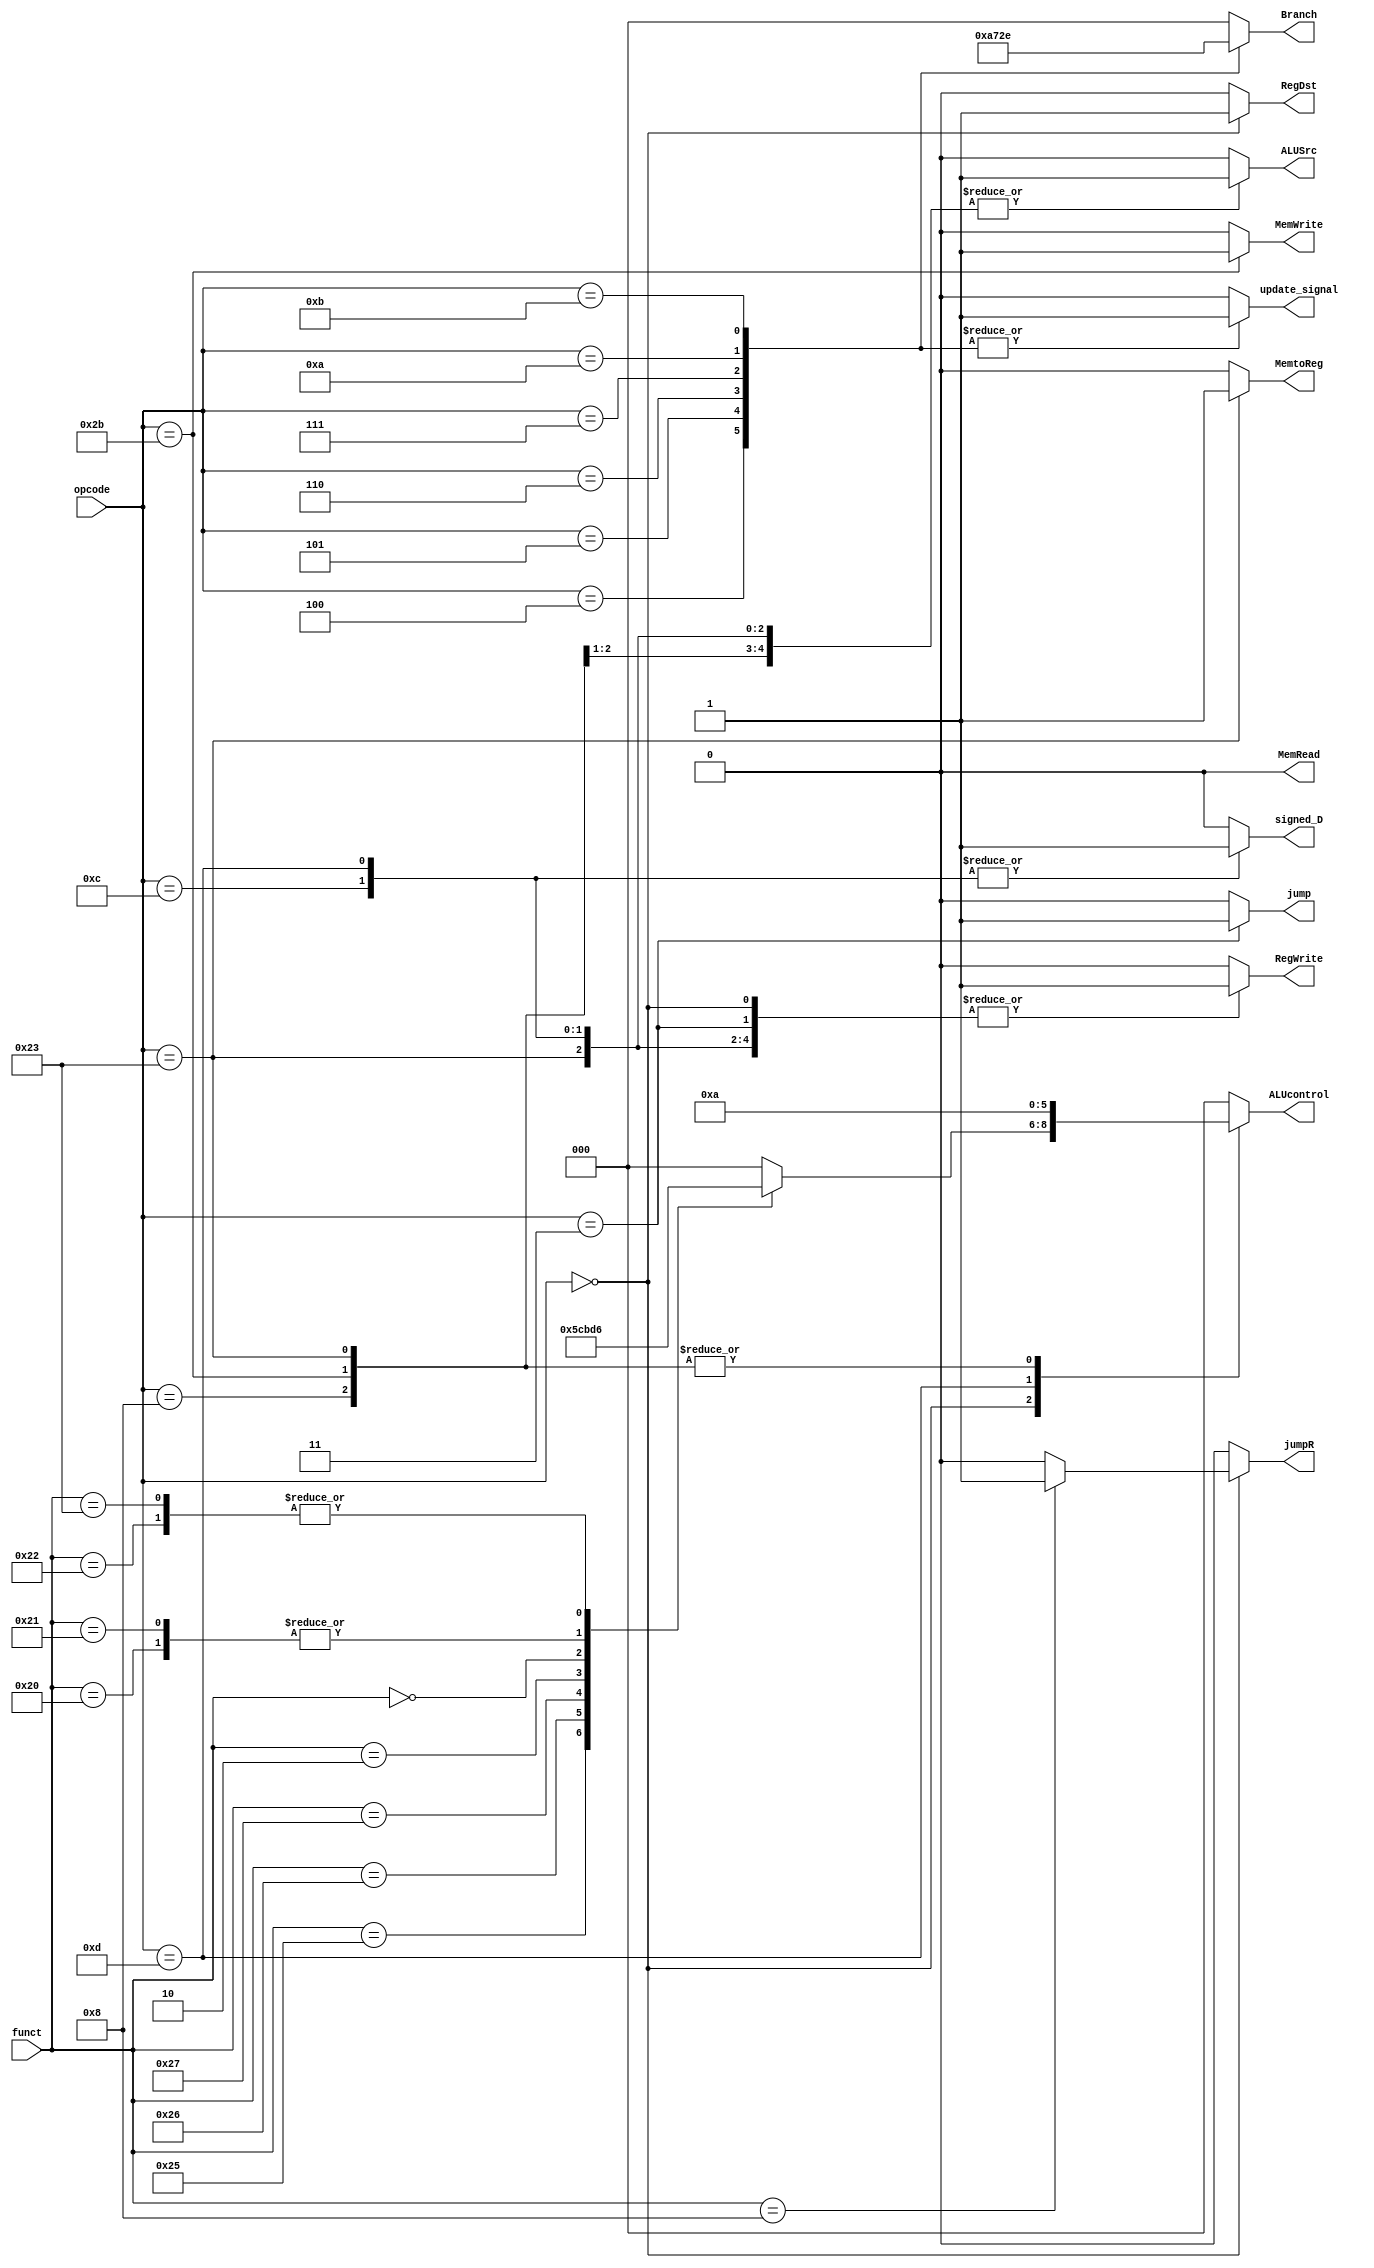
module CONTROL_UNIT (
    input [5:0] opcode,
	 input [5:0] funct,
    output reg RegWrite,
    output reg MemWrite,
    output reg ALUSrc,
    output reg MemRead,
    output reg [2:0] ALUcontrol,
    output reg RegDst,    // Register destination (Write to which register)
    output reg MemtoReg, // Memory to Register control signal
	 output reg signed_D,
	 output reg [2:0] Branch,
	 output reg jump,
	 output reg jumpR,
	 output reg update_signal
);

	initial begin
				RegWrite <= 0;
            MemWrite <= 0;
            ALUSrc <= 0;
            MemRead <= 0;
            ALUcontrol <= 3'b000; // ALU operation: Add
            RegDst <= 0;
            Branch <= 3'b000;
            MemtoReg <= 0;
				signed_D <= 0;
			   jump<=0;
				jumpR<=0;
				update_signal<=0;
				
	end
   always @(*) begin
			
		      RegWrite = 0;
            MemWrite = 0;
            ALUSrc = 0;
            //MemRead = 0;
            ALUcontrol = 3'b000; // ALU operation: Add
            RegDst = 0;
            Branch = 0;
            MemtoReg = 0;
				signed_D = 0;
				jump=0;
				jumpR=0;
				update_signal=0;
			
		case(opcode)
         6'b000000: begin // R-type instruction
            RegWrite = 1;
				RegDst = 1;
				case(funct)
					6'b100100 : ALUcontrol = 3'b000; // ALU operation: And
					6'b100101 : ALUcontrol = 3'b001; // ALU operation: or
					6'b100000 : ALUcontrol = 3'b010; // ALU operation: Add
					6'b100110 : ALUcontrol = 3'b011; // ALU operation: xor
					6'b100111 : ALUcontrol = 3'b100; // ALU operation: nor
					6'b000010 : ALUcontrol = 3'b101; // ALU operation: srl
					6'b100010 : ALUcontrol = 3'b110; // ALU operation: sub
					6'b000000 : ALUcontrol = 3'b111; // ALU operation: sll
					6'b100001 : ALUcontrol = 3'b010; // ALU operation: AddU
					6'b100011 : ALUcontrol = 3'b110; // ALU operation: subU
					6'b001000 : jumpR = 1;
					default ;

				endcase
            
         end
			6'b001100: begin // andi I-type
				RegWrite = 1;
            ALUSrc = 1;
				signed_D = 1;
			end
			6'b001101: begin // ori I-type
				RegWrite = 1;
            ALUSrc = 1;
				ALUcontrol = 3'b001; //ALU operation: or
				signed_D = 1;
			end
			6'b001000: begin //addi I-type
				RegWrite = 1;
            ALUSrc = 1;
				ALUcontrol = 3'b010; //ALU operation: add
			end
         6'b100011: begin // lw instruction
            RegWrite = 1;
            ALUSrc = 1;
            //MemRead = 1;
            ALUcontrol = 3'b010; // ALU operation: Add
            MemtoReg = 1;
         end
         6'b101011: begin // sw instruction
            MemWrite = 1;
            ALUSrc = 1;
            //MemRead = 0;
            ALUcontrol = 3'b010; // ALU operation: Add
         end
			6'b000100 : begin //beq (branch if equal) instruction
            Branch = 3'b001;
				update_signal=1;
			end
			6'b000101 : begin //bne (branch if not equal) instruction
            Branch = 3'b010;
				update_signal=1;
			end
			6'b000110 : begin //blt branch less than instruction
            Branch = 3'b011;
				update_signal=1;
			end
			6'b000111 : begin //bgt branch greater than instruction
            Branch = 3'b100;
				update_signal=1;
			end
			6'b001010 : begin //ble branch less than instruction
            Branch = 3'b101;
				update_signal=1;
			end
			6'b001011 : begin //bge branch greater than or equal instruction
            Branch = 3'b110;
				update_signal=1;
			end
			
			
			6'b000011 : begin //JAL, both are implemented exactly the same to save return address in $31, intermediate registers are edited to carry pc+4 to the write back stage
			   RegWrite = 1;
				jump=1;
			end
			

         // Add cases for other instructions as needed
         default: begin
            RegWrite = 0;
            MemWrite = 0;
            ALUSrc = 0;
            //MemRead = 0;
            ALUcontrol = 3'b000; // Default: No operation
            RegDst = 0;
            Branch = 0;
            MemtoReg = 0;
				jump=0;
				jumpR=0;
				update_signal=0;
         end
			
      endcase
   end
endmodule